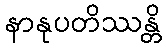
နာနုပတိဿန္တိ